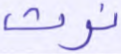
نرث